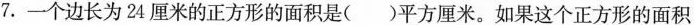
7.一个边长为24厘米的正方形的面积是()平方厘米。如果这个正方形的面积